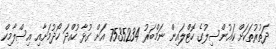
ދަތުރުތަކަށް ކައުންސިލުގެ ހޮޓްލައިން ނަމްބަރު 7535234 އަށް ގުޅާ ހުއްދަ ހޯދުމަށާއި އިސްލާމިކް